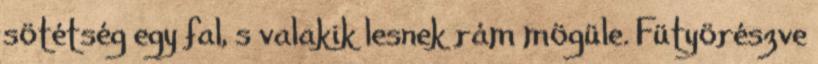
sötétség egy fal, s valakik lesnek rám mögüle. Fütyörészve